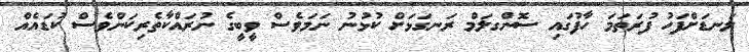
ލަނޑަށްފަހު ފުރަތަމަ ހާފުގައި ސޮންގލަމް ރަނގަޅަށް ކުޅުނު ނަމަވެސް ވީބީގެ ނުރައްކާތެރިކަންވެސް ކުޑައެއް